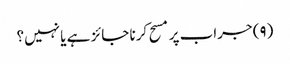
(۹) جراب پر مسح کرنا جائز ہے یا نہیں؟